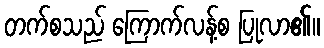
တက်စသည် ကြောက်လန့်စ ပြုလာ၏။